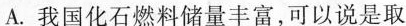
A.我国化石燃料储量丰富，可以说是取